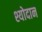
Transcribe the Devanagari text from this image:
श्योदान